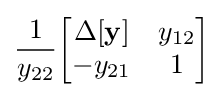
{\frac {1}{y_{22}}}{\begin{bmatrix}\Delta \mathbf {[y]} &y_{12}\\-y_{21}&1\end{bmatrix}}